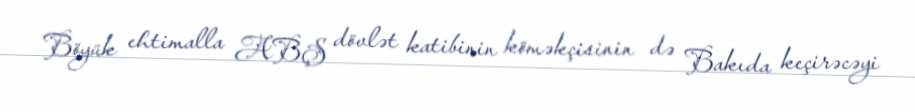
Böyük ehtimalla ABŞ dövlət katibinin köməkçisinin də Bakıda keçirəcəyi